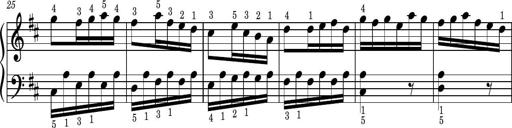
Title: Easy Progressive Lessons and 4 Sonatinas
Composer: Thomas Attwood